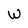
Character: W